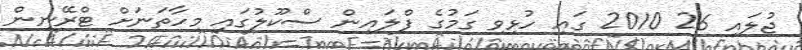
ޖުލައި 26 2010 ގައި ހުޅިވި ގަމުގެ ފްލައިން ސްކޫލުގައި މިހާތަނަށް ޓްރޭނިން